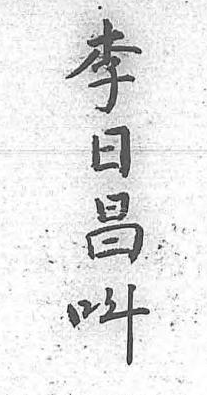
李日昌呌